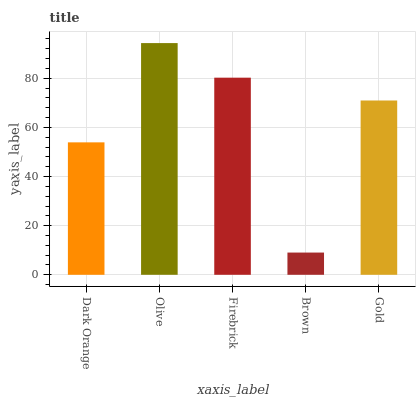
| xaxis_label | bars |
 | --- | --- |
 | Dark Orange | 53.9 |
 | Olive | 94.3 |
 | Firebrick | 80.3 |
 | Brown | 9.05 |
 | Gold | 71 |